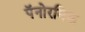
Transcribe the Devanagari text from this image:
पॅनोरमिक